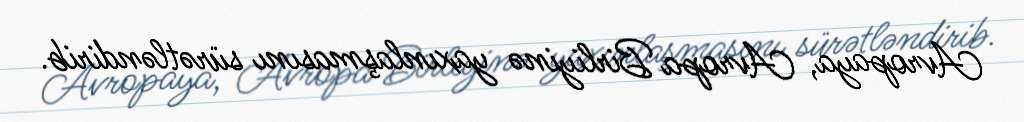
Avropaya, Avropa Birliyinə yaxınlaşmasını sürətləndirib.